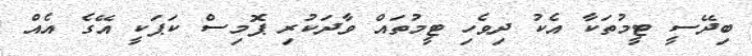
ބިދޭސީ ޓީމުތަކާ އެކު ދިވެހި ޓީމުތައް ވާދަކުރި ޕޮމިސް ކަޕަކީ އޭގެ އެއް